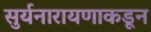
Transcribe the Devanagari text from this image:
सुर्यनारायणाकडून